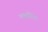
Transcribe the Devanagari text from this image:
पातालित